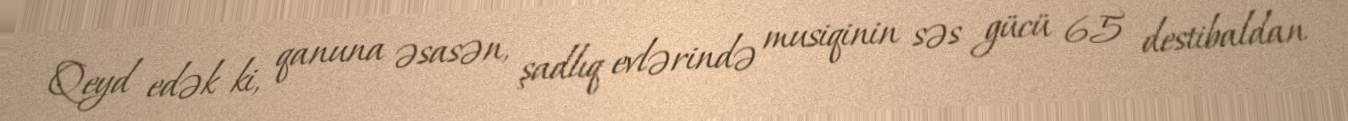
Qeyd edək ki, qanuna əsasən, şadlıq evlərində musiqinin səs gücü 65 destibaldan